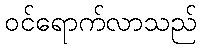
ဝင်ရောက်လာသည်